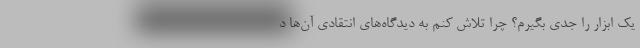
یک ابزار را جدی بگیرم؟ چرا تلاش کنم به دیدگاه‌های انتقادی آن‌ها د